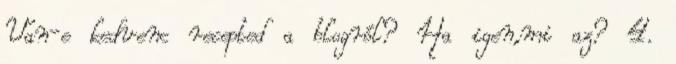
Van-e kedvenc recepted a blogról? Ha igen,mi az? 4.